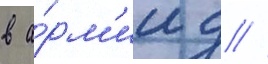
в а́рм'ии д //